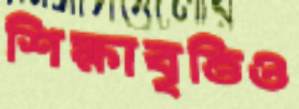
শিক্ষাবৃত্তিও